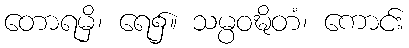
တောရမှိ၊ ရေ၌။ သမ္ပဝဍ္ဎိတံ၊ ကောင်း